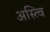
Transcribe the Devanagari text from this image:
अस्त्वि